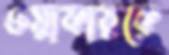
ওয়াকারকে